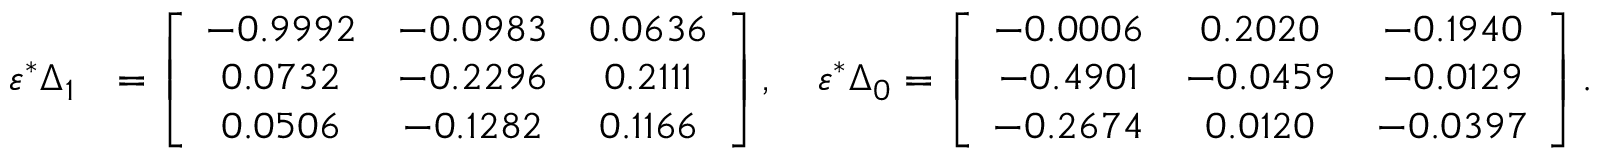
\begin{array} { r l } { \varepsilon ^ { * } \Delta _ { 1 } } & { = \left[ \begin{array} { c c c } { - 0 . 9 9 9 2 } & { - 0 . 0 9 8 3 } & { 0 . 0 6 3 6 } \\ { 0 . 0 7 3 2 } & { - 0 . 2 2 9 6 } & { 0 . 2 1 1 1 } \\ { 0 . 0 5 0 6 } & { - 0 . 1 2 8 2 } & { 0 . 1 1 6 6 } \end{array} \right] , \quad \varepsilon ^ { * } \Delta _ { 0 } = \left[ \begin{array} { c c c } { - 0 . 0 0 0 6 } & { 0 . 2 0 2 0 } & { - 0 . 1 9 4 0 } \\ { - 0 . 4 9 0 1 } & { - 0 . 0 4 5 9 } & { - 0 . 0 1 2 9 } \\ { - 0 . 2 6 7 4 } & { 0 . 0 1 2 0 } & { - 0 . 0 3 9 7 } \end{array} \right] . } \end{array}